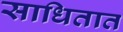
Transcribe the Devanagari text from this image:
साधितात